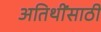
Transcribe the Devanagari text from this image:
अतिथींसाठी